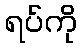
ရပ်ကို